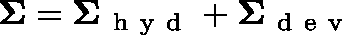
\mathbf { \Sigma } = \mathbf { \Sigma } _ { \mathrm { ~ h ~ y ~ d ~ } } + \mathbf { \Sigma } _ { \mathrm { ~ d ~ e ~ v ~ } }